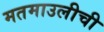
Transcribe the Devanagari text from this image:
मतमाउलीची